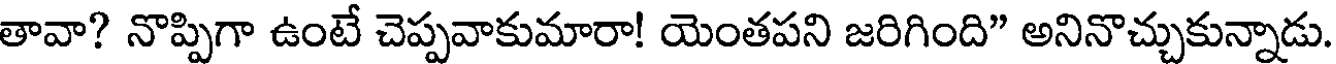
తావా? నొప్పిగా ఉంటే చెప్పవాకుమారా! యెంతపని జరిగింది" అనినొచ్చుకున్నాడు.